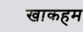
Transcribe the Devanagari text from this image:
खाकहम